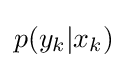
p(y_{k}|x_{k})